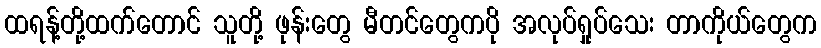
ထရန့်တို့ထက်တောင် သူတို့ ဖုန်းတွေ မီတင်တွေကပို အလုပ်ရှုပ်သေး တာကိုယ်တွေက